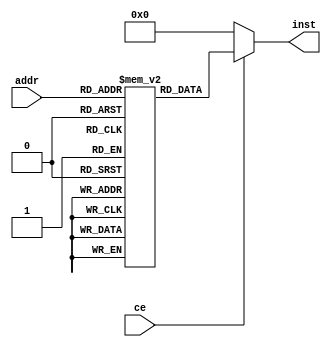
module  rom(
    input wire ce,
    input wire [5:0] addr,
    output reg [31:0] inst
);
    reg [31:0] rom[63:0];
    
    always @(*) begin
        if (ce == 1'b1) begin
            inst <= rom[addr];
        end
        else begin
            inst <= 32'b0;
        end
    end
    
endmodule